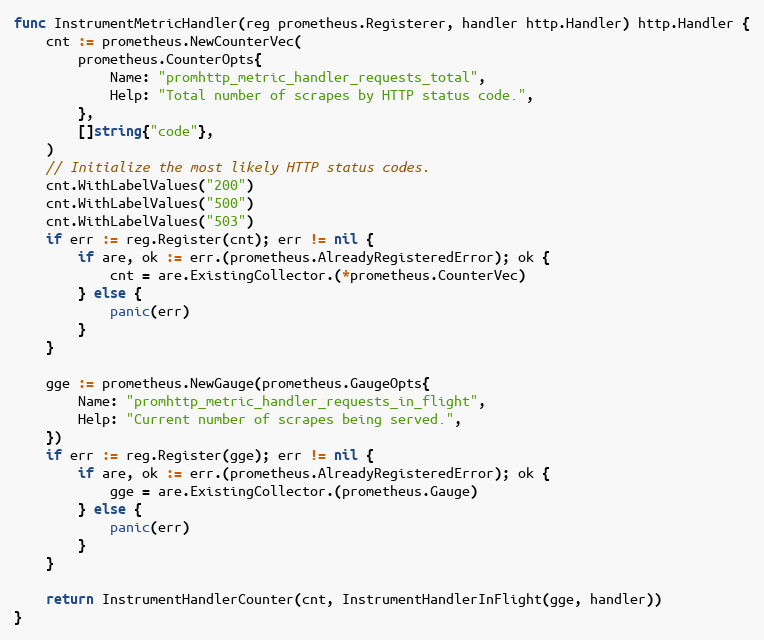
Language: Go
func InstrumentMetricHandler(reg prometheus.Registerer, handler http.Handler) http.Handler {
	cnt := prometheus.NewCounterVec(
		prometheus.CounterOpts{
			Name: "promhttp_metric_handler_requests_total",
			Help: "Total number of scrapes by HTTP status code.",
		},
		[]string{"code"},
	)
	// Initialize the most likely HTTP status codes.
	cnt.WithLabelValues("200")
	cnt.WithLabelValues("500")
	cnt.WithLabelValues("503")
	if err := reg.Register(cnt); err != nil {
		if are, ok := err.(prometheus.AlreadyRegisteredError); ok {
			cnt = are.ExistingCollector.(*prometheus.CounterVec)
		} else {
			panic(err)
		}
	}

	gge := prometheus.NewGauge(prometheus.GaugeOpts{
		Name: "promhttp_metric_handler_requests_in_flight",
		Help: "Current number of scrapes being served.",
	})
	if err := reg.Register(gge); err != nil {
		if are, ok := err.(prometheus.AlreadyRegisteredError); ok {
			gge = are.ExistingCollector.(prometheus.Gauge)
		} else {
			panic(err)
		}
	}

	return InstrumentHandlerCounter(cnt, InstrumentHandlerInFlight(gge, handler))
}